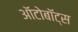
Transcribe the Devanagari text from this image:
ऑटोबॉट्स